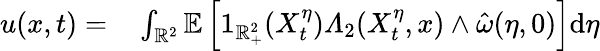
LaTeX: \begin{array}{rl}{u(x,t)=}&{{}\int_{\mathbb{R}^{2}}\mathbb{E}\left[1_{\mathbb{R}_{+}^{2}}(X_{t}^{\eta})\varLambda_{2}(X_{t}^{\eta},x)\wedge\hat{\omega}(\eta,0)\right]\mathrm{d}\eta}\end{array}